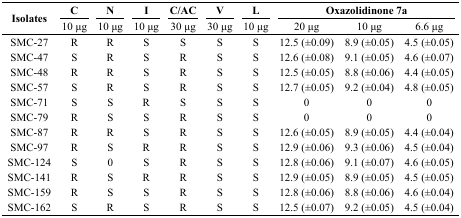
<table><thead><tr><td rowspan="3"><b>Isolates</b></td><td><b>C</b></td><td><b>N</b></td><td><b>I</b></td><td><b>C/AC</b></td><td><b>V</b></td><td><b>L</b></td><td colspan="3"><b>Oxazolidinone 7a</b></td></tr><tr><td><b>10 μg</b></td><td><b>10 μg</b></td><td><b>10 μg</b></td><td><b>30 μg</b></td><td><b>30 μg</b></td><td><b>10 μg</b></td><td><b>20 μg</b></td><td><b>10 μg</b></td><td><b>6.6 μg</b></td></tr></thead><tbody><tr><td>SMC-27</td><td>R</td><td>R</td><td>S</td><td>S</td><td>S</td><td>S</td><td>12.5 (±0.09)</td><td>8.9 (±0.05)</td><td>4.5 (±0.05)</td></tr><tr><td>SMC-47</td><td>S</td><td>R</td><td>S</td><td>R</td><td>S</td><td>S</td><td>12.6 (±0.08)</td><td>9.1 (±0.05)</td><td>4.6 (±0.07)</td></tr><tr><td>SMC-48</td><td>R</td><td>R</td><td>S</td><td>R</td><td>S</td><td>S</td><td>12.5 (±0.05)</td><td>8.8 (±0.06)</td><td>4.4 (±0.05)</td></tr><tr><td>SMC-57</td><td>S</td><td>R</td><td>S</td><td>R</td><td>S</td><td>S</td><td>12.7 (±0.05)</td><td>9.2 (±0.04)</td><td>4.8 (±0.05)</td></tr><tr><td>SMC-71</td><td>S</td><td>S</td><td>R</td><td>S</td><td>S</td><td>S</td><td>0</td><td>0</td><td>0</td></tr><tr><td>SMC-79</td><td>R</td><td>S</td><td>S</td><td>R</td><td>S</td><td>S</td><td>0</td><td>0</td><td>0</td></tr><tr><td>SMC-87</td><td>R</td><td>R</td><td>S</td><td>R</td><td>S</td><td>S</td><td>12.6 (±0.05)</td><td>8.9 (±0.05)</td><td>4.4 (±0.04)</td></tr><tr><td>SMC-97</td><td>R</td><td>S</td><td>R</td><td>R</td><td>S</td><td>S</td><td>12.9 (±0.06)</td><td>9.3 (±0.06)</td><td>4.5 (±0.04)</td></tr><tr><td>SMC-124</td><td>S</td><td>0</td><td>S</td><td>R</td><td>S</td><td>S</td><td>12.8 (±0.06)</td><td>9.1 (±0.07)</td><td>4.6 (±0.05)</td></tr><tr><td>SMC-141</td><td>R</td><td>S</td><td>R</td><td>R</td><td>S</td><td>S</td><td>12.9 (±0.05)</td><td>8.9 (±0.05)</td><td>4.5 (±0.05)</td></tr><tr><td>SMC-159</td><td>R</td><td>S</td><td>S</td><td>R</td><td>S</td><td>S</td><td>12.8 (±0.06)</td><td>8.8 (±0.06)</td><td>4.6 (±0.04)</td></tr><tr><td>SMC-162</td><td>S</td><td>R</td><td>S</td><td>R</td><td>S</td><td>S</td><td>12.5 (±0.07)</td><td>9.2 (±0.05)</td><td>4.5 (±0.04)</td></tr></tbody></table>